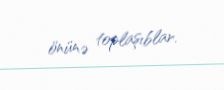
önünə toplaşıblar.